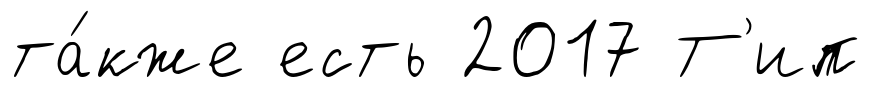
та́кже есть 2017 Т'ип